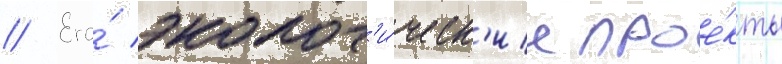
// Его́ эколог'и́ческ'ие прое́кты